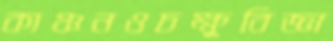
কাঞ্চনওচক্ষুবিজ্ঞা